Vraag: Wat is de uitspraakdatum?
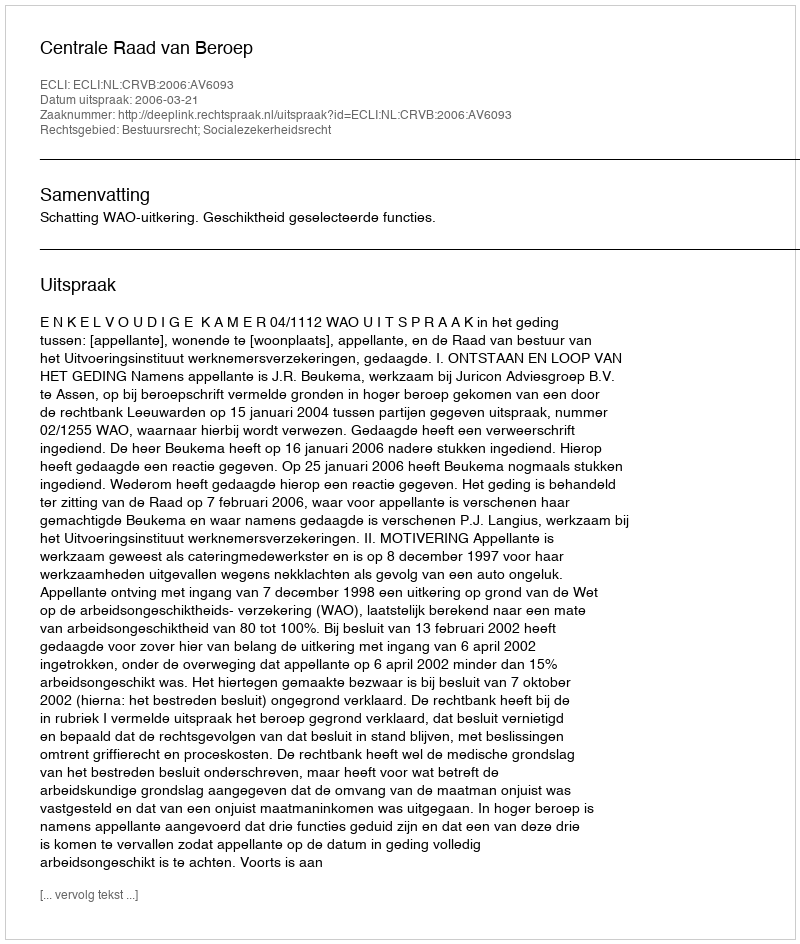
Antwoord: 2006-03-21